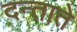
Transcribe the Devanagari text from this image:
दन्ताते